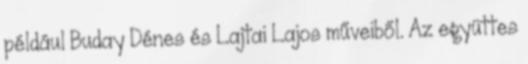
például Buday Dénes és Lajtai Lajos műveiből. Az együttes